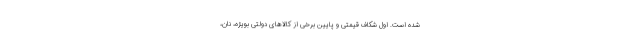
شده است. اول شکاف قیمتی و پایین برخی از کالاهای دولتی بویژه، نان،